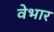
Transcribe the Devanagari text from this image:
वेभार